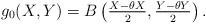
LaTeX: \begin{align*} g_0 (X,Y) = B\left( \tfrac{X - \theta X}{2} , \tfrac{Y - \theta Y}{2} \right).\end{align*}